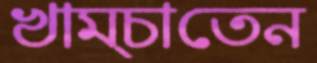
খাম্‌চাতেন